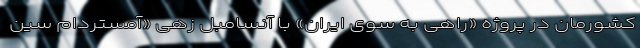
کشورمان در پروژه «راهی به سوی ایران» با آنسامبل زهی «آمستردام سین